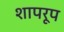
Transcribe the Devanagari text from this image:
शापरूप